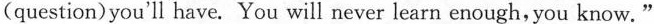
(question)you'll have. You will never learn enough,you know.”